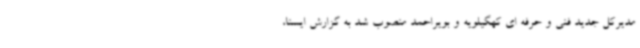
مدیرکل جدید فنی و حرفه ای کهگیلویه و بویراحمد منصوب شد به گزارش ایسنا،